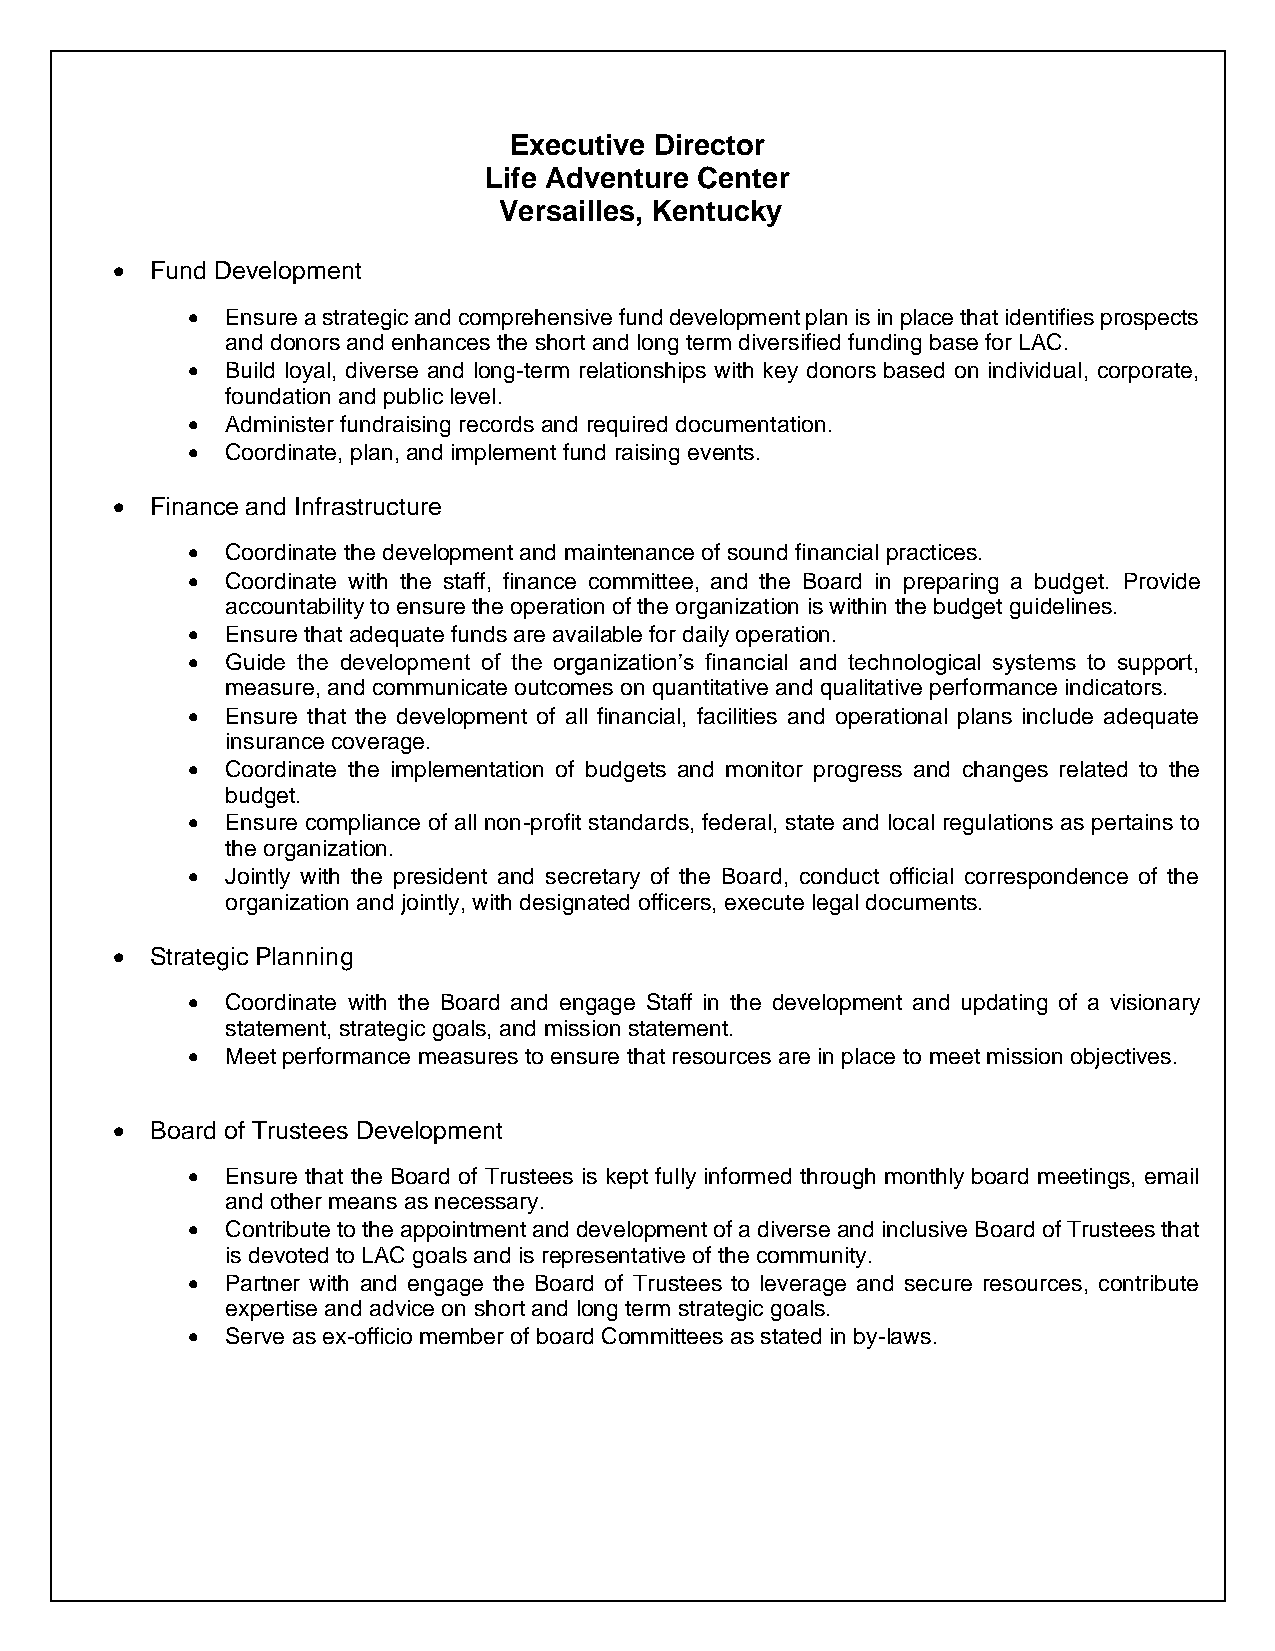
Executive Director
 Life Adventure Center
 Versailles, Kentucky
 •  Fund Development
 •  Ensure a strategic and comprehensive fund development plan is in place that identifies prospects
 and donors and enhances the short and long term diversified funding base for LAC.
 •  Build loyal, diverse and long-term relationships with key donors based on individual, corporate,
 foundation and public level.
 •  Administer fundraising records and required documentation.
 •  Coordinate, plan, and implement fund raising events.
 •  Finance and Infrastructure
 •  Coordinate the development and maintenance of sound financial practices.
 •  Coordinate with the staff, finance committee, and the Board in preparing a budget. Provide
 accountability to ensure the operation of the organization is within the budget guidelines.
 •  Ensure that adequate funds are available for daily operation.
 •  Guide the development of the organization’s financial and technological systems to support,
 measure, and communicate outcomes on quantitative and qualitative performance indicators.
 •  Ensure that the development of all financial, facilities and operational plans include adequate
 insurance coverage.
 •  Coordinate the implementation of budgets and monitor progress and changes related to the
 budget.
 •  Ensure compliance of all non-profit standards, federal, state and local regulations as pertains to
 the organization.
 •  Jointly with the president and secretary of the Board, conduct official correspondence of the
 organization and jointly, with designated officers, execute legal documents.
 •  Strategic Planning
 •  Coordinate with the Board and engage Staff in the development and updating of a visionary
 statement, strategic goals, and mission statement.
 •  Meet performance measures to ensure that resources are in place to meet mission objectives.
 •  Board of Trustees Development
 •  Ensure that the Board of Trustees is kept fully informed through monthly board meetings, email
 and other means as necessary.
 •  Contribute to the appointment and development of a diverse and inclusive Board of Trustees that
 is devoted to LAC goals and is representative of the community.
 •  Partner with and engage the Board of Trustees to leverage and secure resources, contribute
 expertise and advice on short and long term strategic goals.
 •  Serve as ex-officio member of board Committees as stated in by-laws.